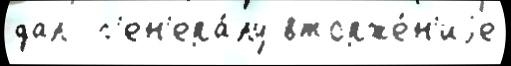
дал  г'ен'ера́лу вторже́н'иjе